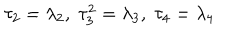
\tau _ { 2 } = \lambda _ { 2 } , \; \tau _ { 3 } ^ { 2 } = \lambda _ { 3 } , \; \tau _ { 4 } = \lambda _ { 4 }